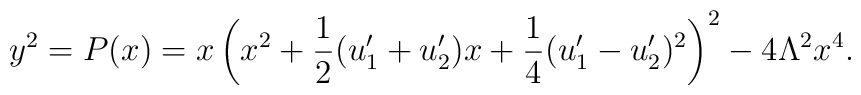
y^2=P(x)=x\left(x^2+\frac{1}{2}(u_1'+u_2')x+\frac{1}{4}(u_1'-u_2')^2\right)^2-4 \Lambda^2 x^4.